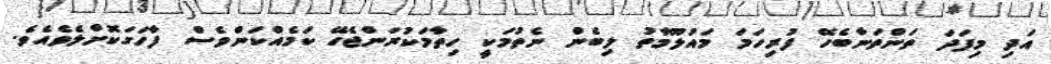
އަދި މިފަދަ ތަންތަނާބެހޭ ފުރިހަމަ މައުލޫމާތު ލިބެން ނެތުމަކީ ހިތާމަކުރަންޖެހޭ ކަމެއްކަންވެސް ފާހަގަކޮށްލެވެއެވެ.